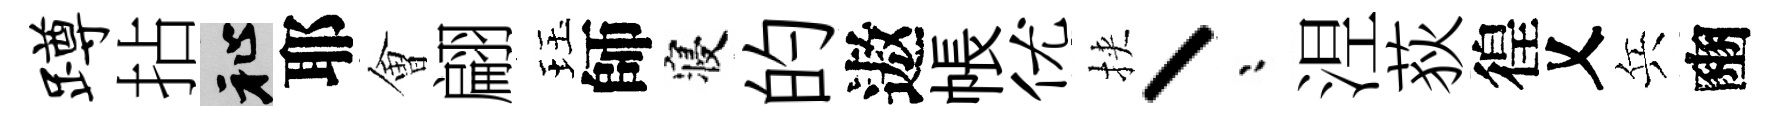
蹲拈祉耶㑹翩珏師寝的遨帳优挾丶漸𣵀荻徨乂兵豳